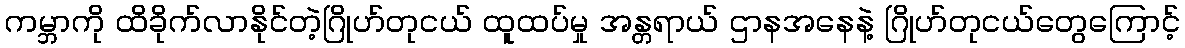
ကမ္ဘာကို ထိခိုက်လာနိုင်တဲ့ဂြိုဟ်တုငယ် ထူထပ်မှု အန္တရာယ် ဌာနအနေနဲ့ ဂြိုဟ်တုငယ်တွေကြောင့်